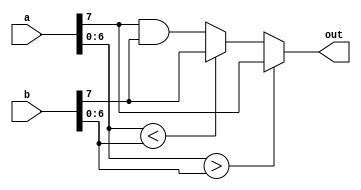
//Assignment 3
//Problem 1
//Group 47
//P.V.S.L. Hari Chandana(16CS30026)
//P.Anusha(16CS30027)

`timescale 1ns / 1ps
//////////////////////////////////////////////////////////////////////////////////
// Company: 
// Engineer: 
// 
// Design Name: 
// Module Name:    comparator1 
// Project Name: 
// Target Devices: 
// Tool versions: 
// Description: 
//
// Dependencies: 
//
// Revision: 
// Revision 0.01 - File Created
// Additional Comments: 
//
//////////////////////////////////////////////////////////////////////////////////

module comparator1(
	input[7:0] a,
	input[7:0] b,
	output reg out
    );
	 
always@(*)
begin
if(a[6:0] > b[6:0])
	out = a[7];
else if(a[6:0] < b[6:0] )
	out = b[7];
else
	out = a[7]&b[7];
end




endmodule